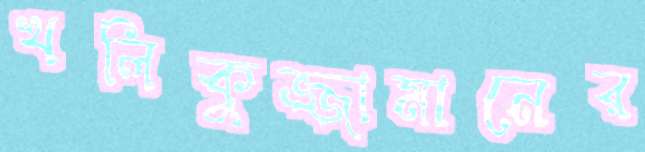
খলিকুজ্জামানের